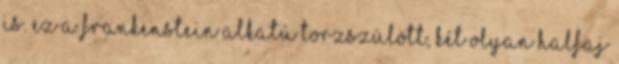
is. Ez a Frankenstein alkatú torzszülött, két olyan halfaj